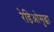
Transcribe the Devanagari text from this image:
रेडिओसुद्धा